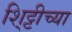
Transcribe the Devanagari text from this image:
शि्ट्टीच्या